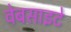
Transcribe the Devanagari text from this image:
वेबसाइटे